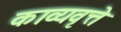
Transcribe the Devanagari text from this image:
काव्यवृत्ते